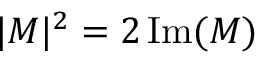
| M | ^ { 2 } = 2 \operatorname { I m } ( M )